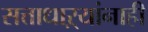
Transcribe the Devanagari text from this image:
सत्ताधाऱ्यांनाही